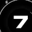
Digit: 7